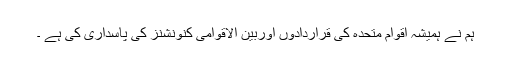
ہم نے ہمیشہ اقوام متحدہ کی قراردادوں اوربین الاقوامی کنونشنز کی پاسداری کی ہے ۔